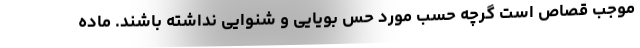
موجب قصاص است گرچه حسب مورد حس بویایی و شنوایی نداشته باشند. ماده